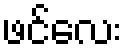
ဖင်လေး